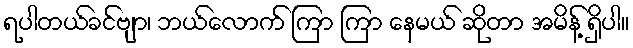
ရပါတယ်ခင်ဗျာ၊ ဘယ်လောက် ကြာ ကြာ နေမယ် ဆိုတာ အမိန့် ရှိပါ။